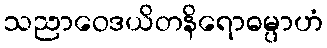
သညာဝေဒယိတနိရောဓမ္ပာဟံ